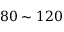
8 0 \sim 1 2 0 \